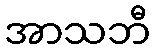
အာသဘီ